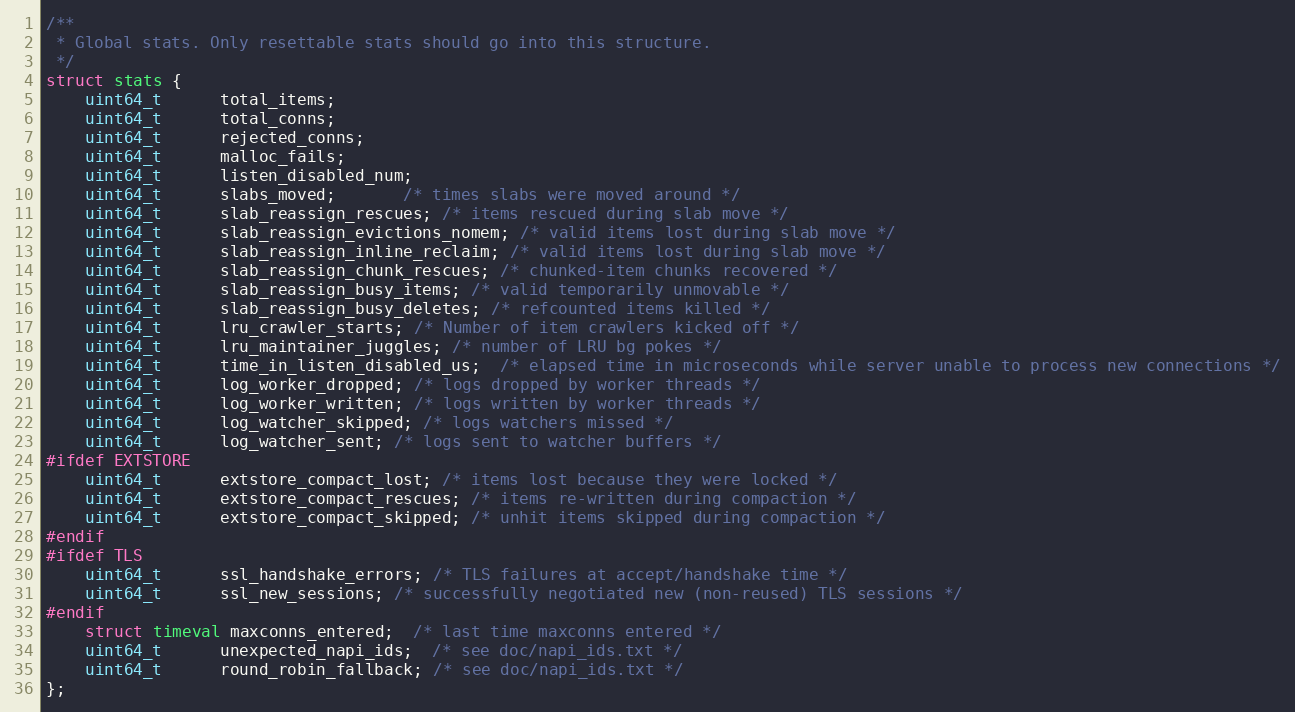
Language: C
/**
 * Global stats. Only resettable stats should go into this structure.
 */
struct stats {
    uint64_t      total_items;
    uint64_t      total_conns;
    uint64_t      rejected_conns;
    uint64_t      malloc_fails;
    uint64_t      listen_disabled_num;
    uint64_t      slabs_moved;       /* times slabs were moved around */
    uint64_t      slab_reassign_rescues; /* items rescued during slab move */
    uint64_t      slab_reassign_evictions_nomem; /* valid items lost during slab move */
    uint64_t      slab_reassign_inline_reclaim; /* valid items lost during slab move */
    uint64_t      slab_reassign_chunk_rescues; /* chunked-item chunks recovered */
    uint64_t      slab_reassign_busy_items; /* valid temporarily unmovable */
    uint64_t      slab_reassign_busy_deletes; /* refcounted items killed */
    uint64_t      lru_crawler_starts; /* Number of item crawlers kicked off */
    uint64_t      lru_maintainer_juggles; /* number of LRU bg pokes */
    uint64_t      time_in_listen_disabled_us;  /* elapsed time in microseconds while server unable to process new connections */
    uint64_t      log_worker_dropped; /* logs dropped by worker threads */
    uint64_t      log_worker_written; /* logs written by worker threads */
    uint64_t      log_watcher_skipped; /* logs watchers missed */
    uint64_t      log_watcher_sent; /* logs sent to watcher buffers */
#ifdef EXTSTORE
    uint64_t      extstore_compact_lost; /* items lost because they were locked */
    uint64_t      extstore_compact_rescues; /* items re-written during compaction */
    uint64_t      extstore_compact_skipped; /* unhit items skipped during compaction */
#endif
#ifdef TLS
    uint64_t      ssl_handshake_errors; /* TLS failures at accept/handshake time */
    uint64_t      ssl_new_sessions; /* successfully negotiated new (non-reused) TLS sessions */
#endif
    struct timeval maxconns_entered;  /* last time maxconns entered */
    uint64_t      unexpected_napi_ids;  /* see doc/napi_ids.txt */
    uint64_t      round_robin_fallback; /* see doc/napi_ids.txt */
};